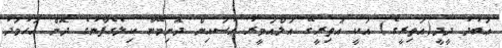
ޢަބުދު ދީދީ(އަތިރީގެ) އަކީ އަތިރީގޭ އަލްއަމީރު ޙުސައިން ދޮށިމޭނާ ކިލެގެފާނުގެ ދޮން އަހުމަދު